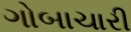
ગોબાચારી